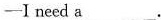
—I need a___.